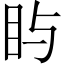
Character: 𪾟